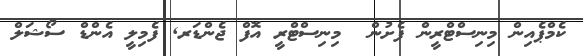
ކެމްޕެއިން މިނިސްޓްރީން ފެށުން  މިނިސްޓްރީ އޮފް ޖެންޑަރ